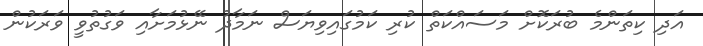
އަދި ކިތަންމެ ބުރަކޮށް މަސައްކަތް ކުރި ކަމުގައިވިޔަސް ނަމާދު ނޭޅުމަށާއި ވަގުތުވީ ވަރަކުން